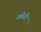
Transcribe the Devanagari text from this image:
सबेरी